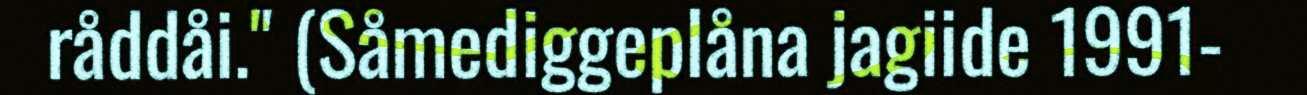
råddåi." (Såmediggeplåna jagiide 1991-